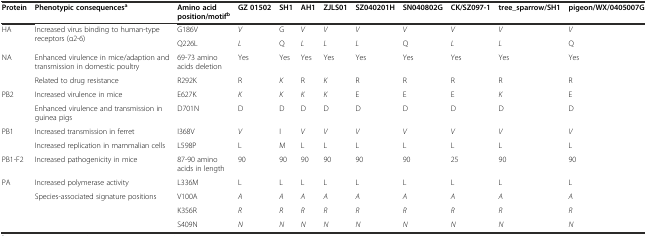
| Protein | Phenotypic consequencesa | Amino acid position/motifb | GZ 01502 | SH1 | AH1 | ZJLS01 | SZ040201H | SN040802G | CK/SZ097-1 | tree_sparrow/SH1 | pigeon/WX/0405007G |
 | --- | --- | --- | --- | --- | --- | --- | --- | --- | --- | --- | --- |
 | <ROWSPAN=2> HA | <ROWSPAN=2> Increased virus binding to human-type receptors (α2-6) | G186V | V | G | V | V | V | V | V | V | V |
 | Q226L | L | Q | L | L | L | Q | L | L | Q |
 | <ROWSPAN=2> NA | Enhanced virulence in mice/adaption and transmission in domestic poultry | 69-73 amino acids deletion | Yes | Yes | Yes | Yes | Yes | Yes | Yes | Yes | Yes |
 | Related to drug resistance | R292K | R | K | R | K | R | R | R | R | R |
 | <ROWSPAN=2> PB2 | Increased virulence in mice | E627K | K | K | K | K | E | E | E | K | E |
 | Enhanced virulence and transmission in guinea pigs | D701N | D | D | D | D | D | D | D | D | D |
 | <ROWSPAN=2> PB1 | Increased transmission in ferret | I368V | V | I | V | V | V | V | V | V | V |
 | Increased replication in mammalian cells | L598P | L | M | L | L | L | L | L | L | L |
 | PB1-F2 | Increased pathogenicity in mice | 87-90 amino acids in length | 90 | 90 | 90 | 90 | 90 | 90 | 25 | 90 | 90 |
 | <ROWSPAN=4> PA | Increased polymerase activity | L336M | L | L | L | L | L | L | L | L | L |
 | <ROWSPAN=3> Species-associated signature positions | V100A | A | A | A | A | A | A | A | A | A |
 | K356R | R | R | R | R | R | R | R | R | R |
 | S409N | N | N | N | N | N | N | N | N | N |